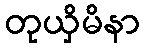
တုယှိမိနာ